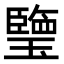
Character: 𤪋